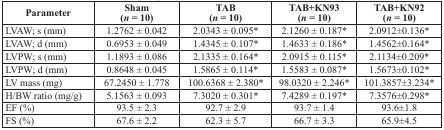
<table><thead><tr><td><b>Parameter</b></td><td><b>Sham(<i>n</i>= 10)</b></td><td><b>TAB(<i>n</i>= 10)</b></td><td><b>TAB+KN93(<i>n</i>= 10)</b></td><td><b>TAB+KN92(<i>n</i>= 10)</b></td></tr></thead><tbody><tr><td>LVAW; s (mm)</td><td>1.2762 ± 0.042</td><td>2.0343 ± 0.095*</td><td>2.1260 ± 0.187*</td><td>2.0912±0.136*</td></tr><tr><td>LVAW; d (mm)</td><td>0.6953 ± 0.049</td><td>1.4345 ± 0.107*</td><td>1.4633 ± 0.186*</td><td>1.4562±0.164*</td></tr><tr><td>LVPW; s (mm)</td><td>1.1893 ± 0.086</td><td>2.1335 ± 0.164*</td><td>2.0915 ± 0.115*</td><td>2.1134±0.209*</td></tr><tr><td>LVPW; d (mm)</td><td>0.8648 ± 0.045</td><td>1.5865 ± 0.114*</td><td>1.5583 ± 0.087*</td><td>1.5673±0.102*</td></tr><tr><td>LV mass (mg)</td><td>67.2450 ± 1.778</td><td>100.6368 ± 2.380*</td><td>98.0320 ± 2.246*</td><td>101.3857±3.234*</td></tr><tr><td>H/BW ratio (mg/g)</td><td>5.1563 ± 0.093</td><td>7.3020 ± 0.301*</td><td>7.4289 ± 0.197*</td><td>7.3576±0.298*</td></tr><tr><td>EF (%)</td><td>93.5 ± 2.3</td><td>92.7 ± 2.9</td><td>93.7 ± 1.4</td><td>93.6±1.8</td></tr><tr><td>FS (%)</td><td>67.6 ± 2.2</td><td>62.3 ± 5.7</td><td>66.7 ± 3.3</td><td>65.9±4.5</td></tr></tbody></table>